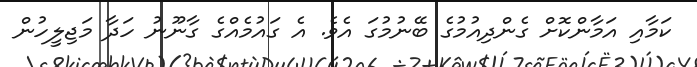
ކަމާއި އަމާންކޮށް ގެންދިއުމުގެ ބޭނުމުގަ އެވެ. އެ ގައުމެއްގެ ގާނޫނު ހަދާ މަޖިލީހުން